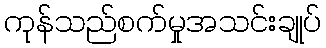
ကုန်သည်စက်မှုအသင်းချုပ်